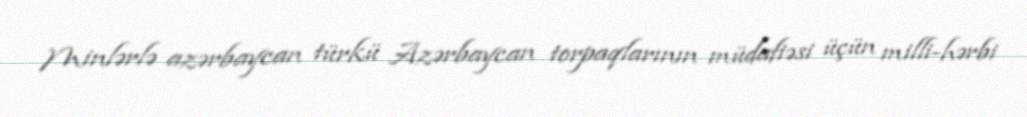
Minlərlə azərbaycan türkü Azərbaycan torpaqlarının müdafiəsi üçün milli-hərbi